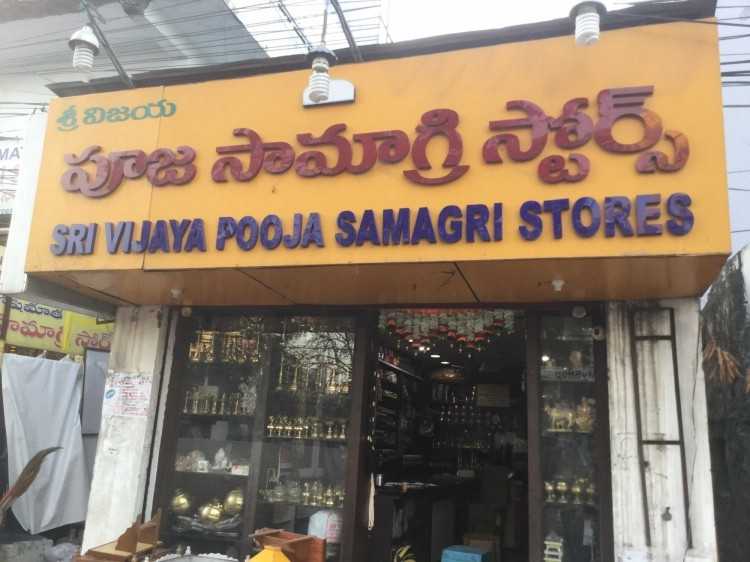
Language: telugu
Transcription: శ్రీ విజయ సామాగ్రి స్టోర్స్ పూజ